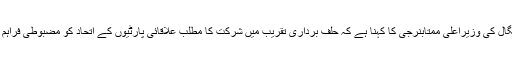
مغربی بنگال کی وزیراعلیٰ ممتابنرجی کا کہنا ہے کہ حلف برداری تقریب میں شرکت کا مطلب علاقائی پارٹیوں کے اتحاد کو مضبوطی فراہم کرنا ہے۔